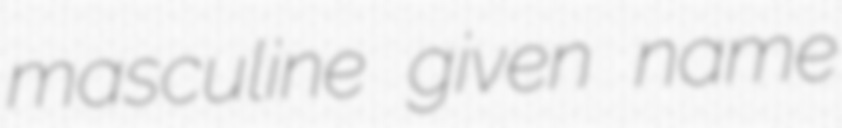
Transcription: masculine given name